King Institute of Preventive Medicine Bacteriolog. Section reports 1907-08
Year: 1907
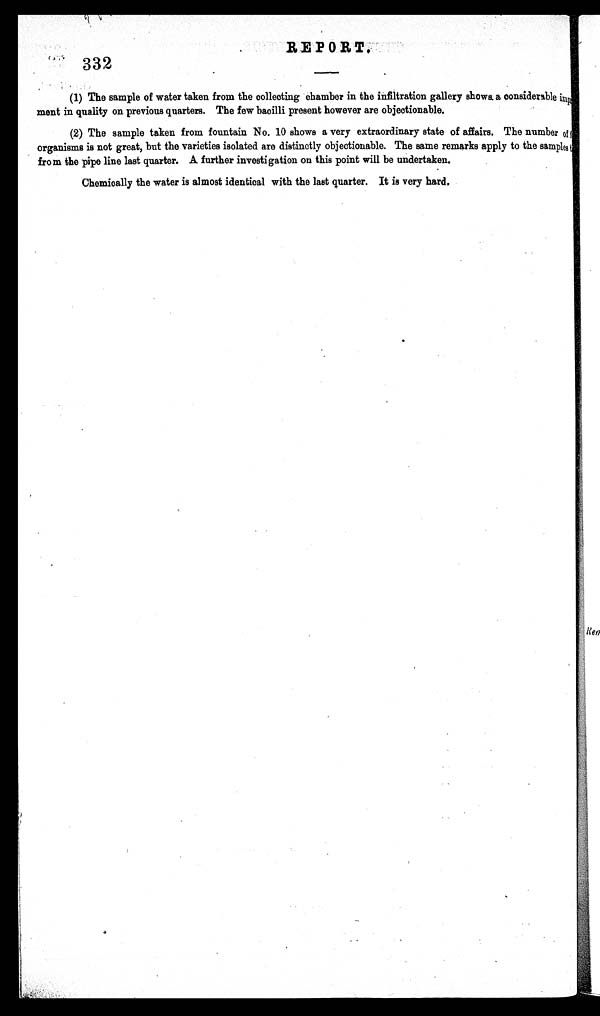
REPORT.
332
(1) The sample of water taken from the collecting chamber in the infiltration gallery shows a considerable imp
ment in quality on previous quarters. The few bacilli present however are objectionable.
(2) The sample taken from fountain No. 10 shows a very extraordinary state of affairs. The number of f
organisms is not great, but the varieties isolated are distinctly objectionable. The same remarks apply to the samples t
from the pipe line last quarter. A further investigation on this point will be undertaken.
Chemically the water is almost identical with the last quarter. It is very hard.